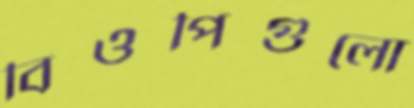
বিওপিগুলো